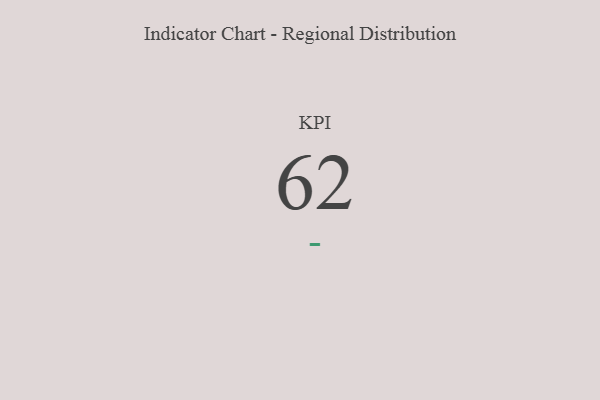
{"axis": {"x": "KPI", "y": "Value"}, "legend": [""], "data": [{"x": "KPI", "y": 62, "type": ""}]}